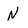
Character: N